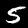
Label: 5